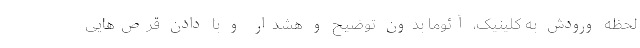
لحظه ورودش به کلینیک، آئوما بدون توضیح و هشدار و با دادن قرص‌هایی